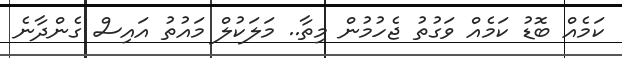
ކަމެއް ބޮޑު ކަމެއް ވަގުތު ޖެހުމުން މިތާ.. މަލަކުލް މައުތު އައިސް ގެންދާނެ